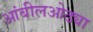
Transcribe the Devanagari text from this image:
आंबीलओढ्या